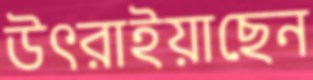
উৎরাইয়াছেন